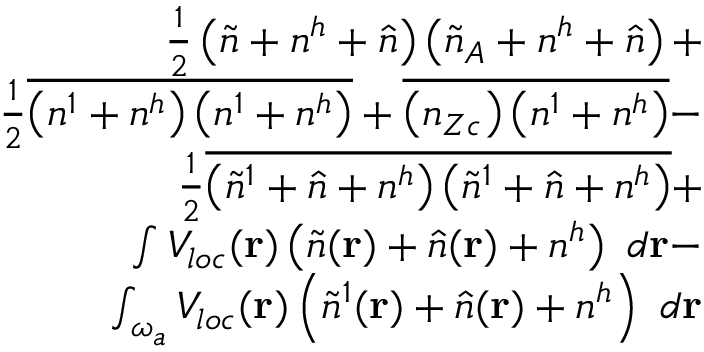
\begin{array} { r l r } & { } & { \frac { 1 } { 2 } \left( \tilde { n } + n ^ { h } + \hat { n } \right) \left( \tilde { n } _ { A } + n ^ { h } + \hat { n } \right) + } \\ & { } & { \frac { 1 } { 2 } \overline { { \left( n ^ { 1 } + n ^ { h } \right) \left( n ^ { 1 } + n ^ { h } \right) } } + \overline { { \left( n _ { Z c } \right) \left( n ^ { 1 } + n ^ { h } \right) } } - } \\ & { } & { \frac { 1 } { 2 } \overline { { \left( \tilde { n } ^ { 1 } + \hat { n } + n ^ { h } \right) \left( \tilde { n } ^ { 1 } + \hat { n } + n ^ { h } \right) } } + } \\ & { } & { \int V _ { l o c } ( { \bf r } ) \left( \tilde { n } ( { \bf r } ) + \hat { n } ( { \bf r } ) + n ^ { h } \right) ~ d { \bf r } - } \\ & { } & { \int _ { \omega _ { a } } V _ { l o c } ( { \bf r } ) \left( \tilde { n } ^ { 1 } ( { \bf r } ) + \hat { n } ( { \bf r } ) + n ^ { h } \right) ~ d { \bf r } } \end{array}